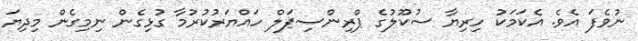
ނުވެފަ އެވެ. އެކަމަކު ހިރިޔާ ސުކޫލުގެ ޕްރިންސިޕަލް ހައްޔަރުކުރުމާ ގުޅިގެން ނިމިގެން މިދިޔަ